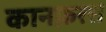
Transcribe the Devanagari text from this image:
कानफ़रस